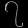
Digit: ၇